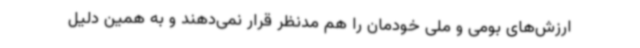
ارزش‌های بومی و ملی خودمان را هم مدنظر قرار نمی‌دهند و به همین دلیل